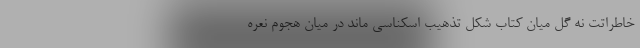
خاطراتت نه گل میانِ کتاب شکلِ تذهیبِ اسکناسی ماند در میانِ هجومِ نعره